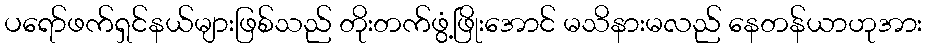
ပရော်ဖက်ရှင်နယ်များဖြစ်သည် တိုးတက်ဖွံ့ဖြိုးအောင် မသိနားမလည် နေတန်ယာဟုအား